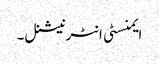
ایمنسٹی انٹرنیشنل۔